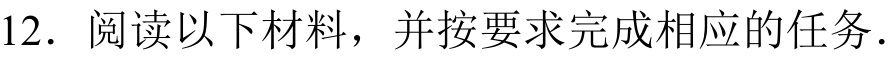
12. 阅读以下材料，并按要求完成相应的任务．